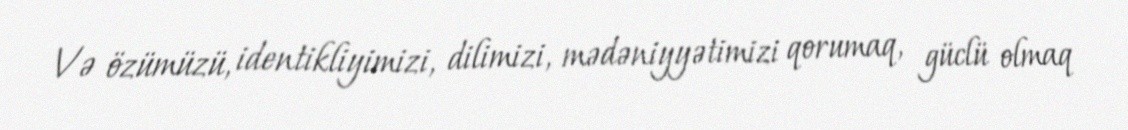
Və özümüzü, identikliyimizi, dilimizi, mədəniyyətimizi qorumaq, güclü olmaq